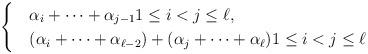
LaTeX: \begin{align*}\begin{cases}&\alpha_i +\dots + \alpha_{j-1} 1\leq i < j \leq \ell, \quad \\ &( \alpha_i +\dots +\alpha_{\ell-2}) + ( \alpha_j +\dots +\alpha_{\ell}) 1\leq i < j \leq \ell \end{cases}\end{align*}